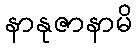
နာနုဇာနာမိ